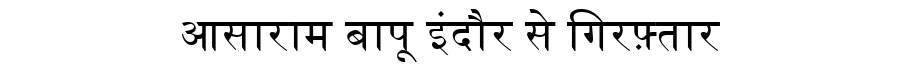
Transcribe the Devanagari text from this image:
आसाराम बापू इंदौर से गिरफ़्तार